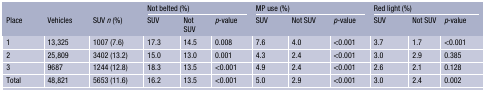
<table><thead><tr><td></td><td></td><td></td><td colspan="3"><b>Not belted (%)</b></td><td colspan="3"><b>MP use (%)</b></td><td colspan="3"><b>Red light (%)</b></td></tr><tr><td><b>Place</b></td><td><b>Vehicles</b></td><td><b>SUV <i>n</i> (%)</b></td><td><b>SUV</b></td><td><b>Not SUV</b></td><td><b><i>p</i>-value</b></td><td><b>SUV</b></td><td><b>Not SUV</b></td><td><b><i>p</i>-value</b></td><td><b>SUV</b></td><td><b>Not SUV</b></td><td><b><i>p</i>-value</b></td></tr></thead><tbody><tr><td>1</td><td>13,325</td><td>1007 (7.6)</td><td>17.3</td><td>14.5</td><td>0.008</td><td>7.6</td><td>4.0</td><td>&lt;0.001</td><td>3.7</td><td>1.7</td><td>&lt;0.001</td></tr><tr><td>2</td><td>25,809</td><td>3402 (13.2)</td><td>15.0</td><td>13.0</td><td>0.001</td><td>4.3</td><td>2.4</td><td>&lt;0.001</td><td>3.0</td><td>2.9</td><td>0.385</td></tr><tr><td>3</td><td>9687</td><td>1244 (12.8)</td><td>18.3</td><td>13.5</td><td>&lt;0.001</td><td>4.9</td><td>2.4</td><td>&lt;0.001</td><td>2.6</td><td>2.1</td><td>0.128</td></tr><tr><td>Total</td><td>48,821</td><td>5653 (11.6)</td><td>16.2</td><td>13.5</td><td>&lt;0.001</td><td>5.0</td><td>2.9</td><td>&lt;0.001</td><td>3.0</td><td>2.4</td><td>0.002</td></tr></tbody></table>